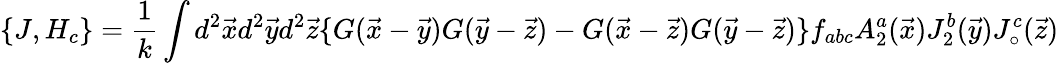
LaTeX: \{ J,H_{c}\} =\frac{1}{k}\int d^{2}\vec{x}d^{2}\vec{y}d^{2}\vec{z}\{ G(\vec{x}-\vec{y})G(\vec{y}-\vec{z})-G(\vec{x}-\vec{z})G(\vec{y}-\vec{z})\} f_{abc}A_{2}^{a}(\vec{x})J_{2}^{b}(\vec{y})J_{\circ}^{c}(\vec{z})